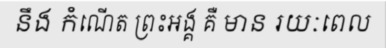
នឹង កំណើត ព្រះអង្គ គឺ មាន រយៈពេល